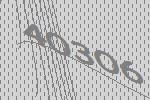
40306